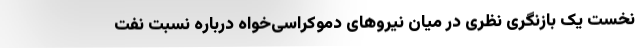
نخست یک بازنگری نظری در میان نیروهای دموکراسی‌خواه درباره نسبت نفت